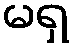
မရှ